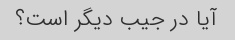
آیا در جیب دیگر است؟